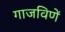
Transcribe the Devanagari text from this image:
गाजविणें